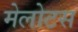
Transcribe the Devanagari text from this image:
मेलोटस